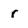
Character: r